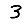
Digit: 3